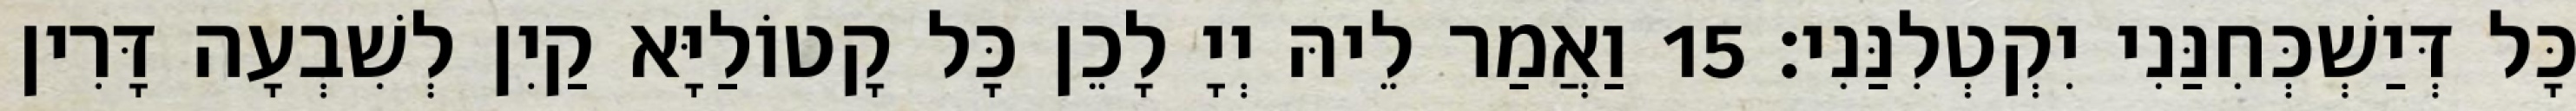
כָּל דְּיַשְׁכְּחִנַּנִי יִקְטְלִנַּנִי׃ 15 וַאֲמַר לֵיהּ יְיָ לָכֵן כָּל קָטוֹלַיָּא קַיִן לְשִׁבְעָה דָּרִין